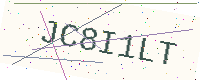
Text: JC8I1LT